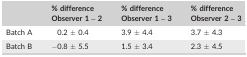
<table><thead><tr><td></td><td><b>% difference Observer 1 – 2</b></td><td><b>% difference Observer 1 – 3</b></td><td><b>% difference Observer 2 – 3</b></td></tr></thead><tbody><tr><td>Batch A</td><td>0.2 ± 0.4</td><td>3.9 ± 4.4</td><td>3.7 ± 4.3</td></tr><tr><td>Batch B</td><td>−0.8 ± 5.5</td><td>1.5 ± 3.4</td><td>2.3 ± 4.5</td></tr></tbody></table>